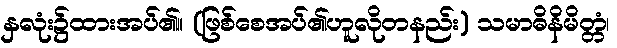
နှလုံး၌ထားအပ်၏။ (ဖြစ်စေအပ်၏ဟူလိုတနည်း) သမာဓိနိမိတ္တံ၊